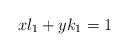
\begin{align*} xl_1+yk_1=1\end{align*}